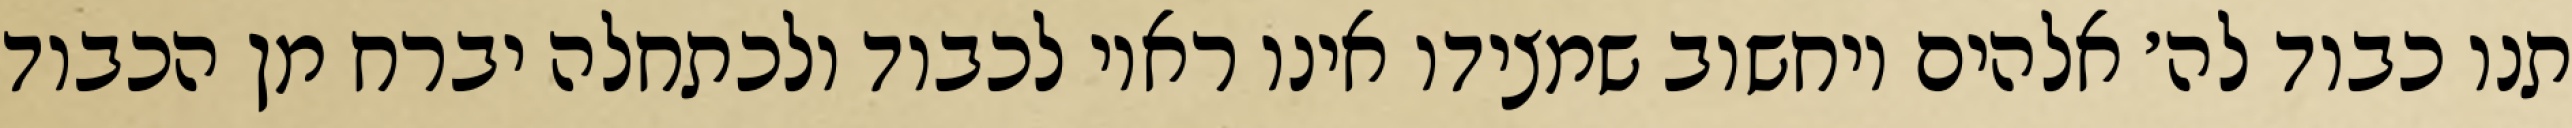
תנו כבוד לה׳ אלהים ויחשוב שמצידו אינו ראוי לכבוד ולכתחלה יברח מן הכבוד